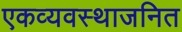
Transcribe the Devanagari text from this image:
एकव्यवस्थाजनित